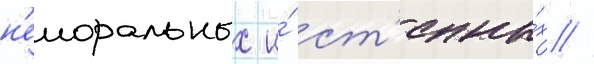
н'еморальных и́ ст'епны́х //